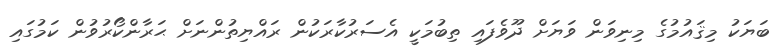
ބަޔަކު މިޤައުމުގެ މިނިވަން ވަޔަށް ދޫވެފައި ތިބުމަކީ އެސަރުކާރަކުން ރައްޔިތުންނަށް ޙަރާންކޯރުވުން ކަމުގައި